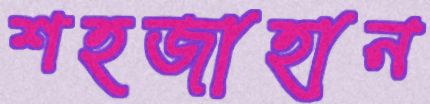
শহজাহান